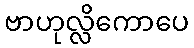
ဗာဟုလ္လိကောပေ